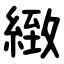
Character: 緻